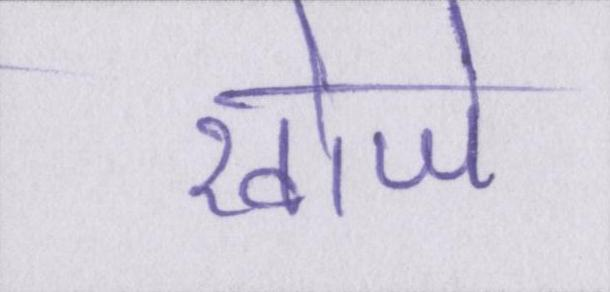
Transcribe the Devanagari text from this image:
खोजे